38_143685_box_Incident_Summaries_101-172
Agency: Department of War
Page 164
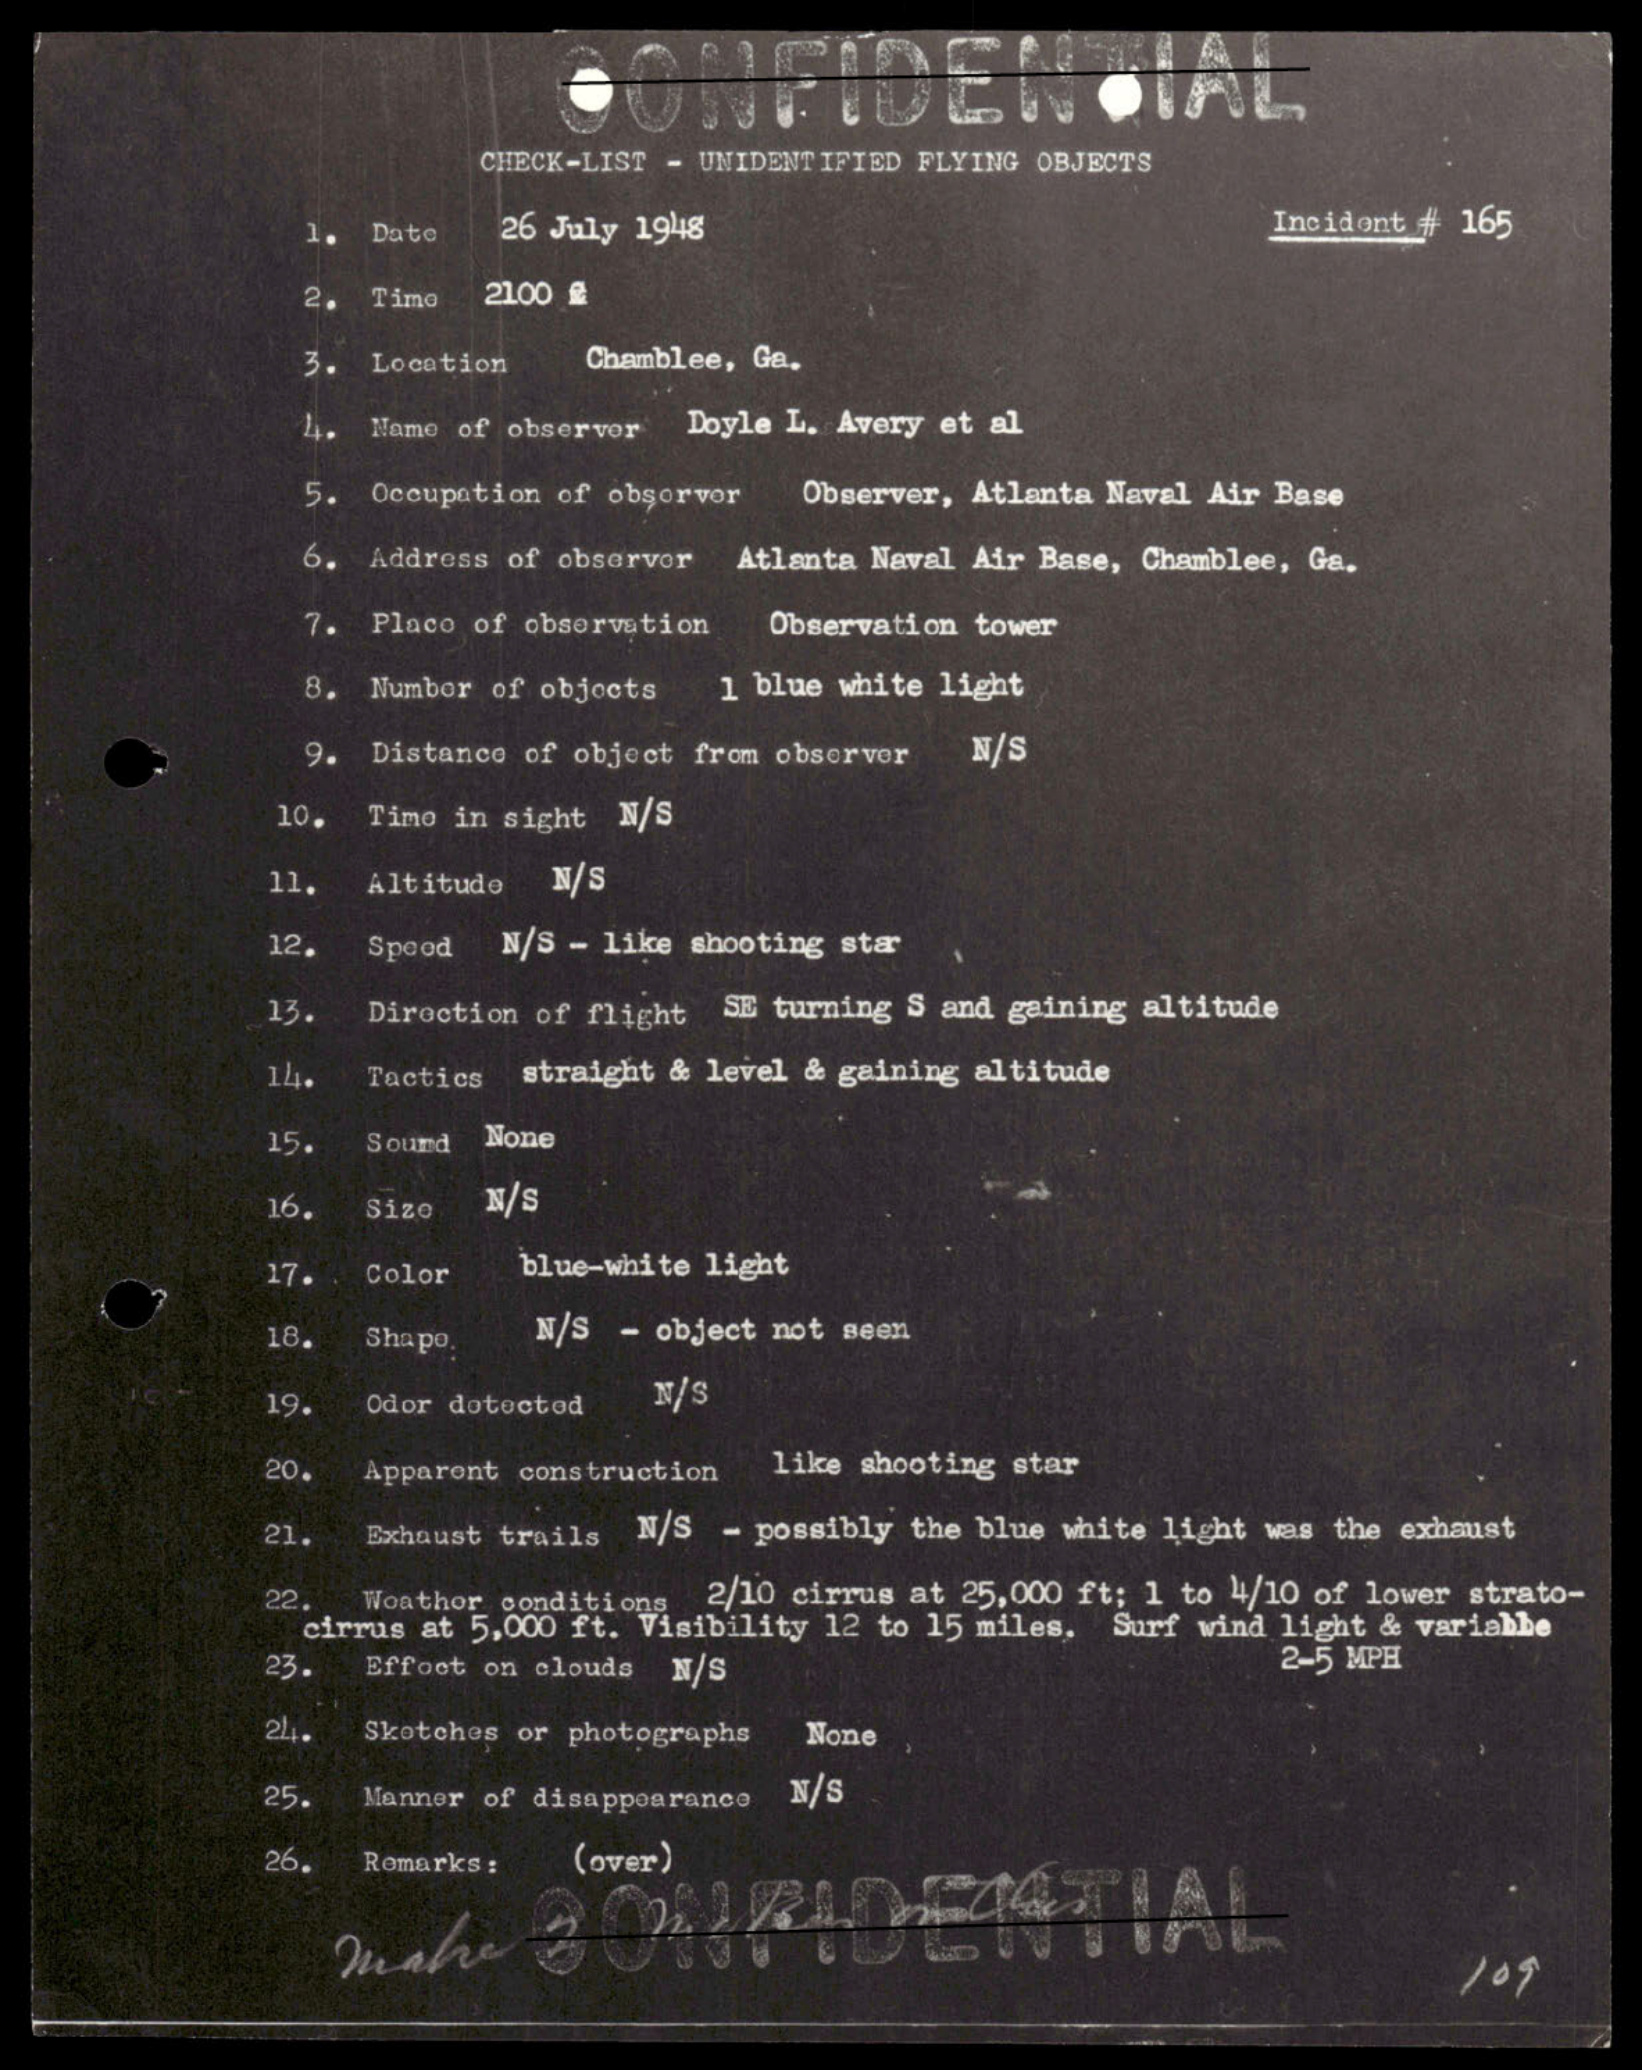